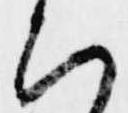
ひ